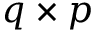
q \times p